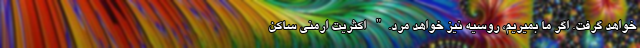
خواهد گرفت. اگر ما بمیریم، روسیه نیز خواهد مرد." اکثریت ارمنی ساکن